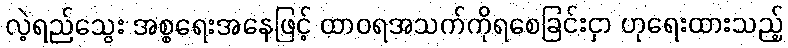
လဲ့ရည်သွေး အစ္စရေးအနေဖြင့် ထာဝရအသက်ကိုရစေခြင်းငှာ ဟုရေးထားသည့်